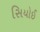
સિયોઈ